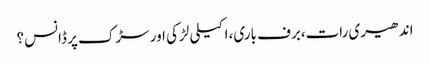
اندھیری رات،برف باری، اکیلی لڑکی اور سڑک پر ڈانس؟